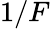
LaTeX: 1/F